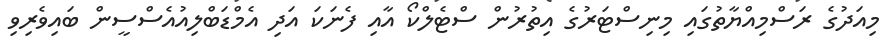
މިއަދުގެ ރަސްމިއްޔާތުގައި މިނިސްޓަރުގެ އިތުރުން ސްޓެލްކޯ އާއި ފެނަކަ އަދި އެމްޑަބްލިއުއެސްސީން ބައިވެރިވި